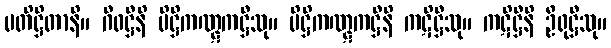
ပတိဋ္ဌိတာနိ။ ဂီဝဋ္ဌီနိ ပိဋ္ဌိကဏ္ဋကဋ္ဌီသု။ ပိဋ္ဌိကဏ္ဋကဋ္ဌီနိ ကဋိဋ္ဌီသု။ ကဋိဋ္ဌီနိ ဦရုဋ္ဌီသု။